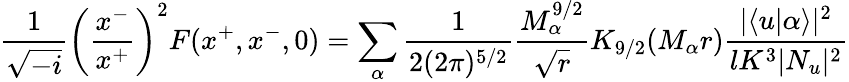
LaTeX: \frac{1}{\sqrt{-i}}\left(\frac{x^{-}}{x^{+}}\right)^{2}F(x^{+},x^{-},0)=\sum_{\alpha}\frac{1}{2(2\pi)^{5/2}}\frac{M_{\alpha}^{9/2}}{\sqrt{r}}K_{9/2}(M_{\alpha}r)\frac{|\langle u|\alpha\rangle|^{2}}{lK^{3}|N_{u}|^{2}}